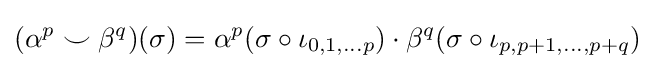
(\alpha ^{p}\smile \beta ^{q})(\sigma )=\alpha ^{p}(\sigma \circ \iota _{0,1,...p})\cdot \beta ^{q}(\sigma \circ \iota _{p,p+1,...,p+q})